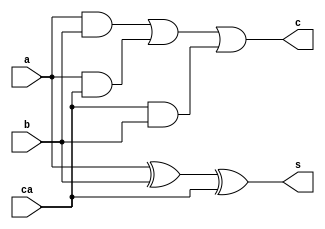
module fa(s,c,a,b,ca);
input a,b,ca;
output s,c;

assign s=a^b^ca;
assign c=(a&b)|(a&ca)|(ca&b);


endmodule